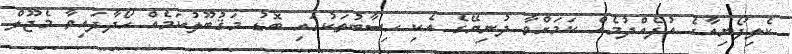
ކެލިފޯނިއާގެ އުފެއްދުމެއް ކަމަށްވާ ދުނިޔޭގެ އެކި ހިސާބުތަކުގައި ބޮޑު މަޤުބޫލުކަމެއް ހޯދާފައިވާ މެޖޫލް